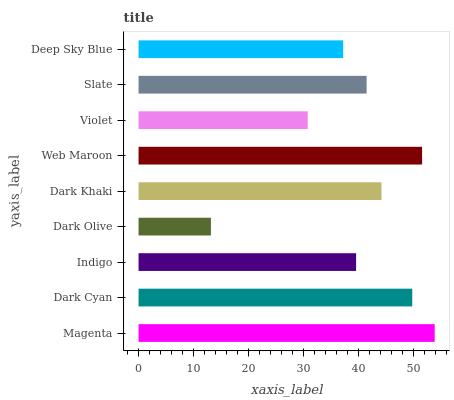
| yaxis_label | bars |
 | --- | --- |
 | Magenta | 53.9 |
 | Dark Cyan | 49.8 |
 | Indigo | 39.6 |
 | Dark Olive | 13.2 |
 | Dark Khaki | 44.2 |
 | Web Maroon | 51.6 |
 | Violet | 30.8 |
 | Slate | 41.5 |
 | Deep Sky Blue | 37.3 |